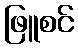
ဖြူစင်